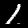
Label: 1